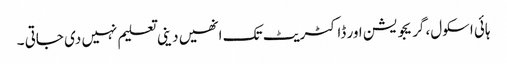
ہائی اسکول، گریجویشن اور ڈاکٹریٹ تک انھیں دینی تعلیم نہیں دی جاتی ۔